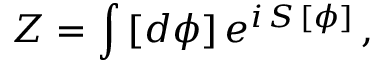
Z = \int \, [ d \phi ] \, e ^ { i \, S \, [ \phi ] } \, ,